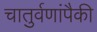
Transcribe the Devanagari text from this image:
चातुर्वणांपैकी